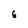
Character: 6